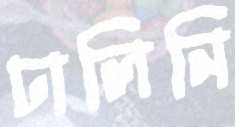
ঢালিনি